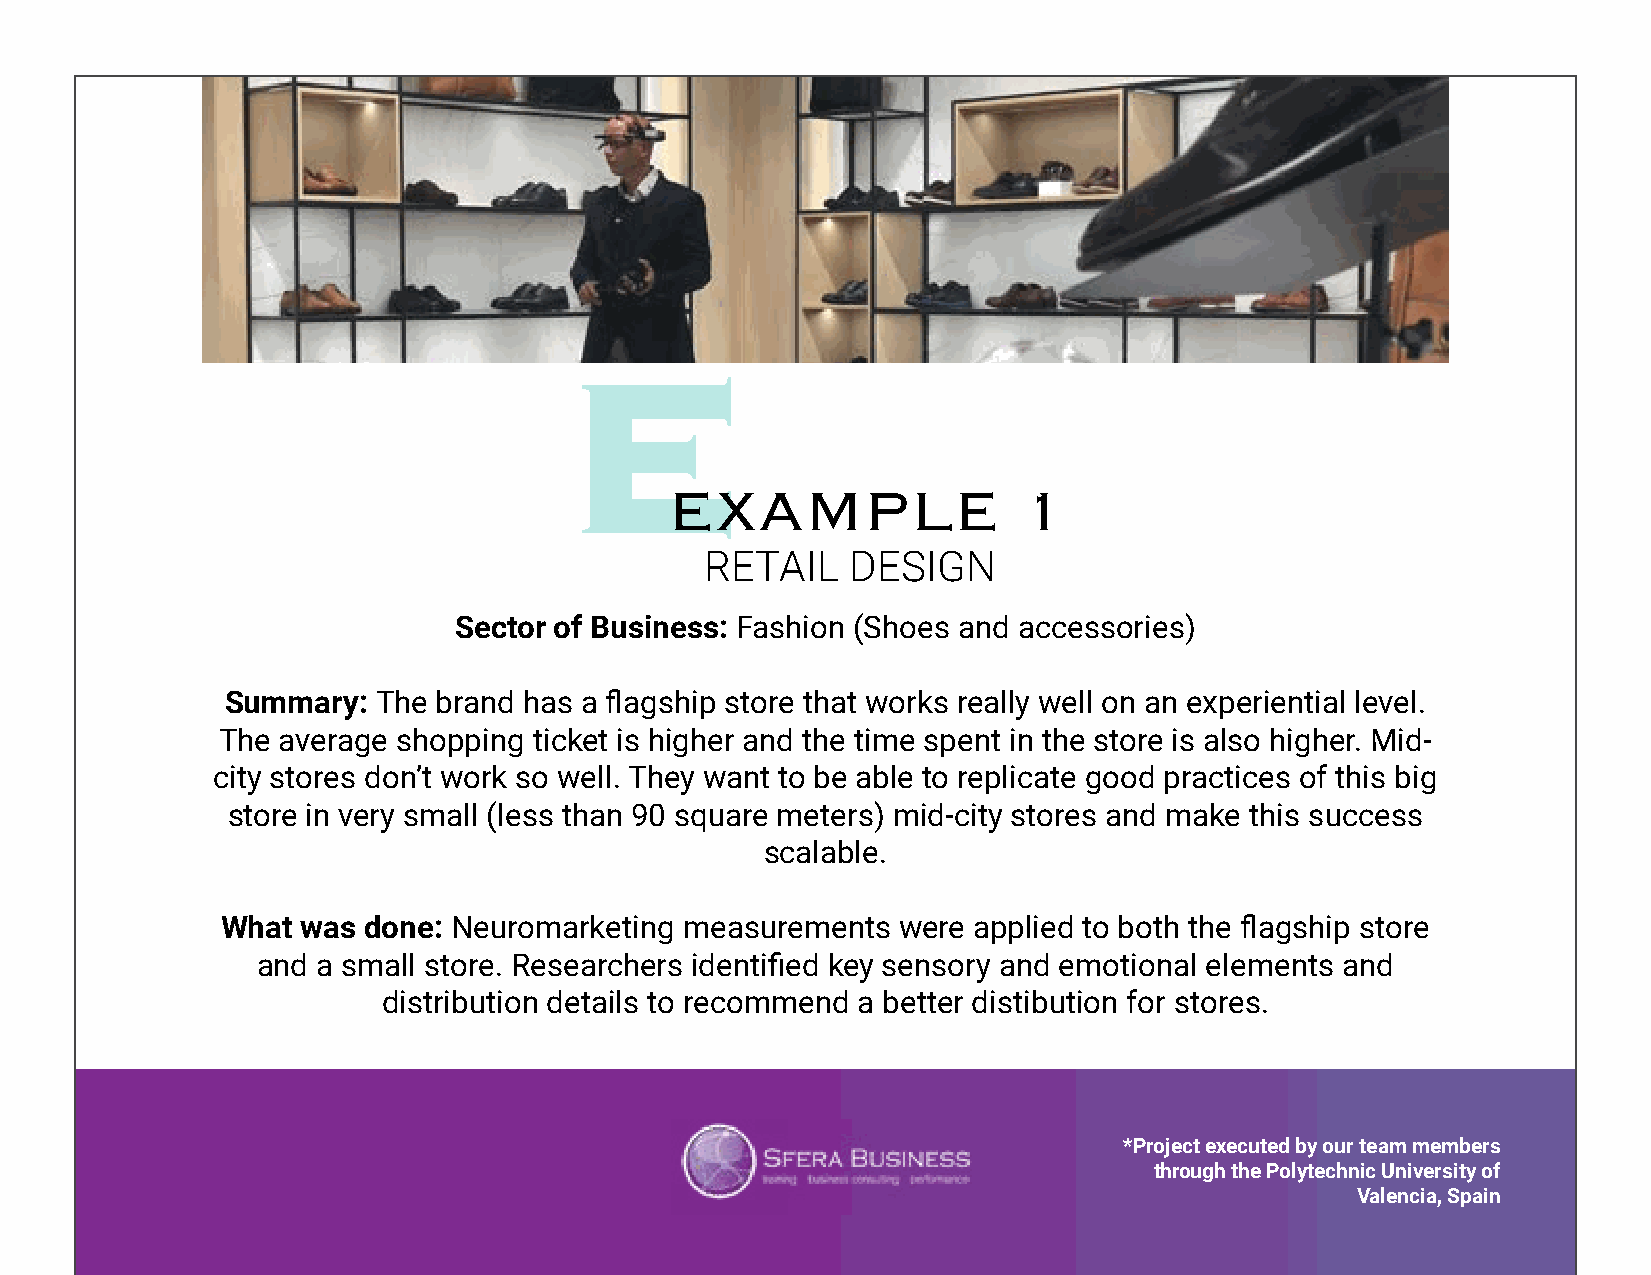
EXAMPLE                 1
 RETAIL   DESIGN
 Sector of Business: Fashion (Shoes and accessories)
 Summary:  The brand has a flagship store that works really well on an experiential level.
 The average shopping ticket is higher and the time spent in the store is also higher. Mid-
 city stores don’t work so well. They want to be able to replicate good practices of this big
 store in very small (less than 90 square meters) mid-city stores and make this success
 scalable.
 What was done: Neuromarketing measurements  were applied to both the flagship store
 and a small store. Researchers identified key sensory and emotional elements and
 distribution details to recommend a better distibution for stores.
 *Project executed by our team members
 through the Polytechnic University of
 Valencia, Spain